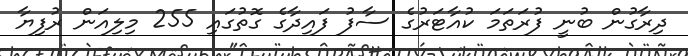
ދިރާގުން ބުނީ ފުރަތަމަ ކުއާޓަރުގެ ސާފު ފައިދާގެ ގޮތުގައި 255 މިލިއަން ރުފިޔާ